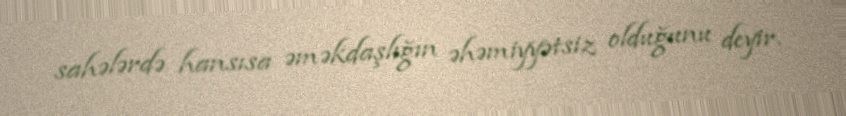
sahələrdə hansısa əməkdaşlığın əhəmiyyətsiz olduğunu deyir.